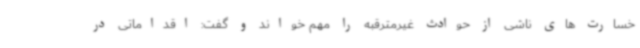
خسارت های ناشی از حوادث غیرمترقبه را مهم خواند و گفت: اقداماتی در